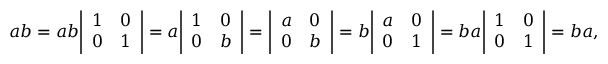
a b = a b { \left| \begin{array} { l l } { 1 } & { 0 } \\ { 0 } & { 1 } \end{array} \right| } = a { \left| \begin{array} { l l } { 1 } & { 0 } \\ { 0 } & { b } \end{array} \right| } = { \left| \begin{array} { l l } { a } & { 0 } \\ { 0 } & { b } \end{array} \right| } = b { \left| \begin{array} { l l } { a } & { 0 } \\ { 0 } & { 1 } \end{array} \right| } = b a { \left| \begin{array} { l l } { 1 } & { 0 } \\ { 0 } & { 1 } \end{array} \right| } = b a ,